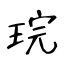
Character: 琓